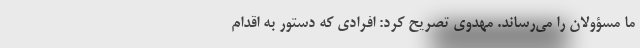
ما مسؤولان را می‌رساند. مهدوی تصریح کرد: افرادی که دستور به اقدام